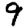
Digit: 9